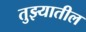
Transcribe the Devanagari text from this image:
तुझ्यातील